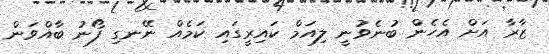
ޒާރާ އަށް އެހެން ބުނެވުނީ ލިއަމް ކައިރީގައި ކަމެއް ނޭނގި ފޯނު ބާއްވަން